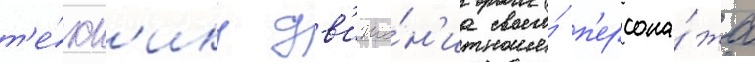
т'е́хн'ику дв'иже́н'иа своего́ п'ерсона́жа